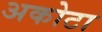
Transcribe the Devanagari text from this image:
अकोटा